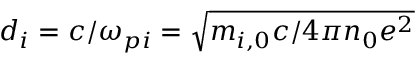
d _ { i } = c / \omega _ { p i } = \sqrt { m _ { i , 0 } c / 4 \pi n _ { 0 } e ^ { 2 } }